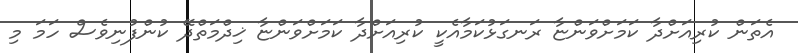
އެތަން ކުރިއަށްދާ ކަމަށްވަންޏާ ރަނގަޅުކަމާއެކީ ކުރިއަށްދާ ކަމަށްވަންޏާ ޚިދްމަތްދޭ ކުންފުނިވެސް ހަމަ މި